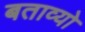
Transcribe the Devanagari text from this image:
बताव्यो